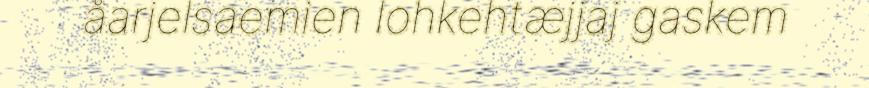
åarjelsaemien lohkehtæjjaj gaskem